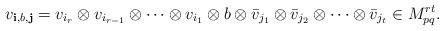
\begin{align*}v_{\mathbf i, b, \mathbf j} =v_{i_r}\otimes v_{i_{r-1}}\otimes \cdots\otimes v_{i_1}\otimes b\otimes\bar v_{j_{ 1}}\otimes \bar v_{j_{ 2}}\otimes \cdots\otimes \bar v_{j_{ t}}\in M_{pq}^{rt}.\end{align*}